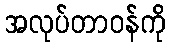
အလုပ်တာဝန်ကို